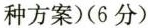
种方案)(6分)